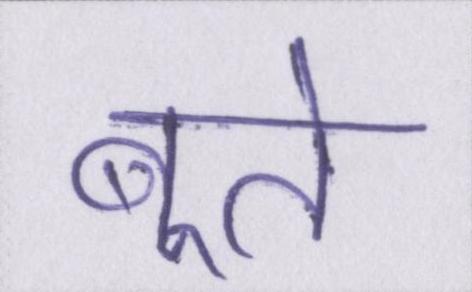
बूते